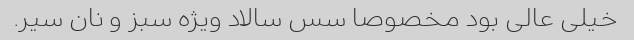
خیلی عالی بود مخصوصا سس سالاد ویژه سبز و نان سیر.